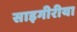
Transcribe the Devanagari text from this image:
साइगीरीया